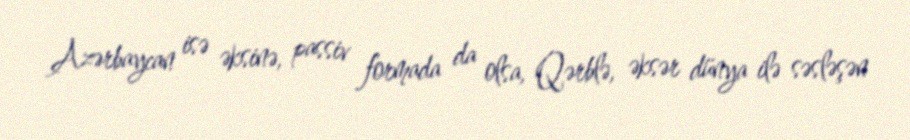
Azərbaycan isə əksinə, passiv formada da olsa, Qərblə, əksər dünya ilə səsləşən